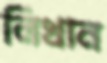
লিখান